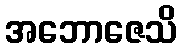
အဘောဇေသိ